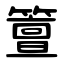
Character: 䉡